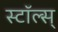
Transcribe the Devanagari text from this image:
स्टॉल्स्